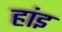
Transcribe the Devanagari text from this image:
हांइ